Burma Government Medical School reports 1907-22
Year: 1907
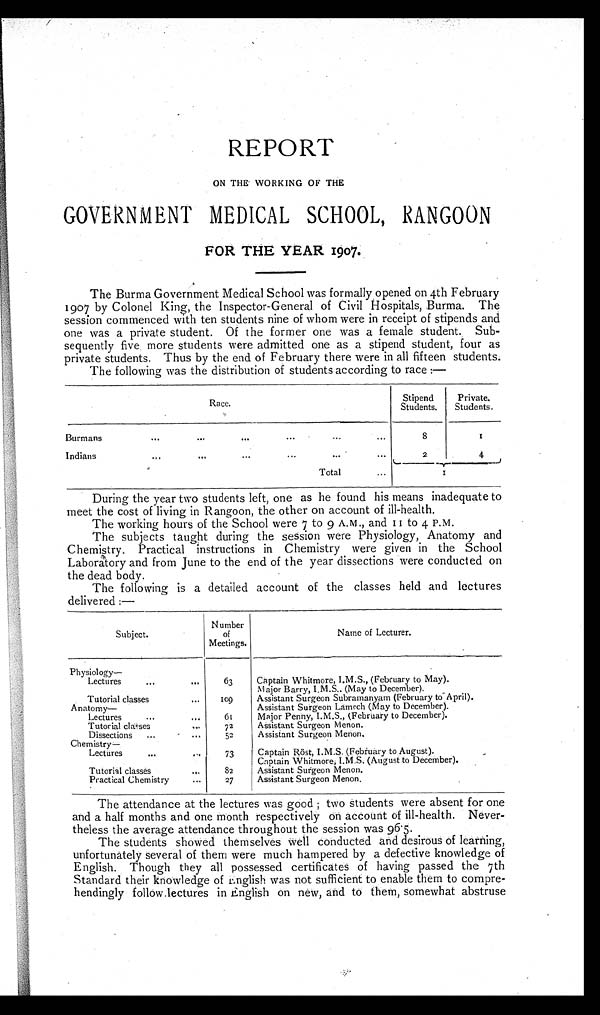
REPORT
ON THE WORKING OF THE
GOVERNMENT MEDICAL SCHOOL, RANGOON
FOR THE YEAR 1907.
The Burma Government Medical School was formally opened on 4th February
1907 by Colonel King, the Inspector-General of Civil Hospitals, Burma. The
session commenced with ten students nine of whom were in receipt of stipends and
one was a private student. Of the former one was a female student. Sub
- s e q u e n t l y f i v e m o r e s t u d e n t s w e r e a d m i t t e d o n e a s a s t i p e n d s t u d e n t , f o u r a s
private students. Thus by the end of February there were in all fifteen students.
The following was the distribution of students according to race:—
Race.
Stipend
Students.
Private.
Students.
B u r m a n s
. . .
. . .
. . .
. . .
. . .
8
1
Indians ... ...
2
.
4
Total
...
1
During the year two students left, one as he found his means inadequate to
meet the cost of living in Rangoon, the other on account of ill-health.
The working hours of the School were 7 to 9 A.M., and 11 to 4 P.M.
The subjects taught during the session were Physiology, Anatomy and
Chemistry. Practical instructions in Chemistry were given in the School
Laboratory and from June to the end of the year dissections were conducted on
the dead body.
The following is a detailed account of the classes held and lectures
delivered:—
Subject.
Number
of
Meetings.
Name of Lecturer.
Physiology —
Lectures
...
...
63
Captain Whitmore, I.M.S., (February to May).
Major Barry, I.M.S.. (May to December).
Tutorial classes
...
1 0 9
Assistant Surgeon Subramanyam (February to April).
Anatomy—
Assistant Surgeon Lamech (May to December).
Lectures
...
...
6 1
Major Penny, I.M.S., (February to December).
Tutorial classes
...
72
Assistant Surgeon Menon.
Dissections
...
...
52
Assistant Surgeon Menon.
Chemistry—
Lectures
...
73
Captain Röst, I.M.S. (February to August).
Captain Whitmore, I.M.S. (August to December).
Tutorial classes
...
82
Assistant Surgeon Menon.
Practical Chemistry
...
27
Assistant Surgeon Menon.
The attendance at the lectures was good ; two students were absent for one
and a half months and one month respectively on account of ill-health. Never
- t h e l e s s t h e a v e r a g e a t t e n d a n c e t h r o u g h o u t t h e s e s s i o n w a s 9 6 . 5 .
The students showed themselves well conducted and desirous of learning,
unfortunately several of them were much hampered by a defective knowledge of
English. Though they all possessed certificates of having passed the 7th
Standard their knowledge of English was not sufficient to enable them to compre
- h e n d i n g l y f o l l o w l e c t u r e s i n E n g l i s h o n n e w , a n d t o t h e m , s o m e w h a t a b s t r u s e